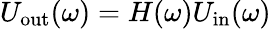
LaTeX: U_{\mathrm{out}}(\omega)=H(\omega)U_{\mathrm{in}}(\omega)